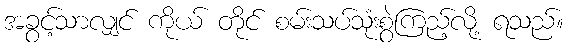
အခွင့်သာလျှင် ကိုယ် တိုင် စမ်းသပ်သုံးစွဲကြည့်လို့ ရသည်။